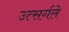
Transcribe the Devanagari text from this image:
उत्सर्गले